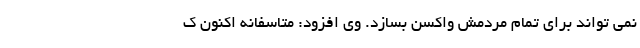
نمی تواند برای تمام مردمش واکسن بسازد. وی افزود: متاسفانه اکنون ک